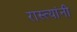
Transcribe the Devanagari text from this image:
रास्त्यांनी